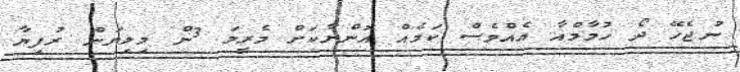
ނުޖެހޭ ދޯ ހުމާމްއާ އެެއްވެސް ކަމެއް އޮންނާކަށް މެރީމަ 3ން މިލިޔަން ރުފިޔާ